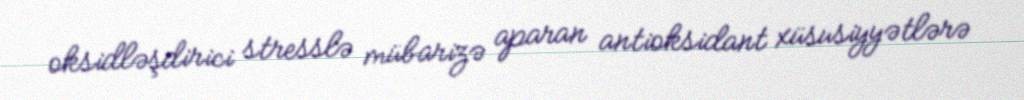
oksidləşdirici stresslə mübarizə aparan antioksidant xüsusiyyətlərə